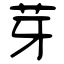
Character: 芽